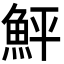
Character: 鮃